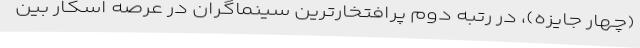
(چهار جایزه)، در رتبه دوم پرافتخارترین سینماگران در عرصه اسکار بین